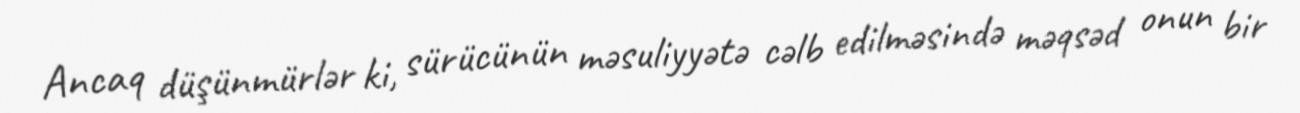
Ancaq düşünmürlər ki, sürücünün məsuliyyətə cəlb edilməsində məqsəd onun bir